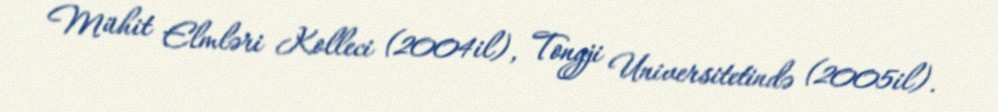
Mühit Elmləri Kolleci (2004il), Tongji Universitetində (2005il).